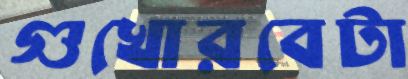
গুখোরবেটা